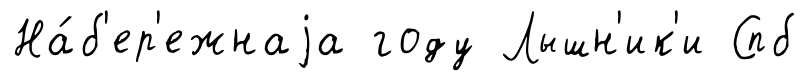
На́б'ер'ежнаjа году Лышн'ик'и Спб